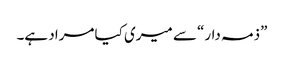
”ذمہ دار“ سے میری کیا مراد ہے۔